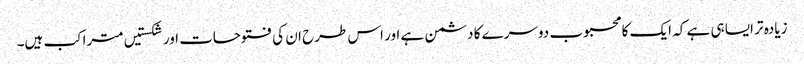
زیادہ تر ایسا ہی ہے کہ ایک کا محبوب دوسرے کا دشمن ہے اور اس طرح ان کی فتوحات اور شکستیں متراکب ہیں۔